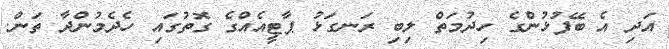
އަދި އެ ބޭފުޅުންގެ ހިދުމަތް ލިބި ރަނގަޅު ޕާޓީއެއްގެ ގޮތުގައި ހެދެމުންދާ ތަން.